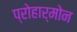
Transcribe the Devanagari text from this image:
प्रोहार्मोन